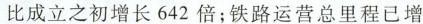
比成立之初增长642倍；铁路运营总里程已增